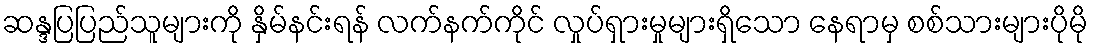
ဆန္ဒပြပြည်သူများကို နှိမ်နင်းရန် လက်နက်ကိုင် လှုပ်ရှားမှုများရှိသော နေရာမှ စစ်သားများပိုမို